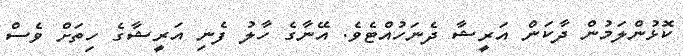
ކޮޅުންލަމުން ދާކަން އަރީޝާ ދެނަހުއްޓެވެ. އޭނާގެ ހާލު ފެނި އަރީޝާގެ ހިތަށް ވެސް